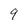
Character: 9